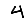
Digit: 4